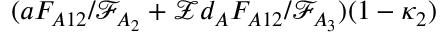
( a F _ { A 1 2 } / \mathcal { F } _ { A _ { 2 } } + \mathcal { Z } d _ { A } F _ { A 1 2 } / \mathcal { F } _ { A _ { 3 } } ) ( 1 - \kappa _ { 2 } )